Indian Medical Review
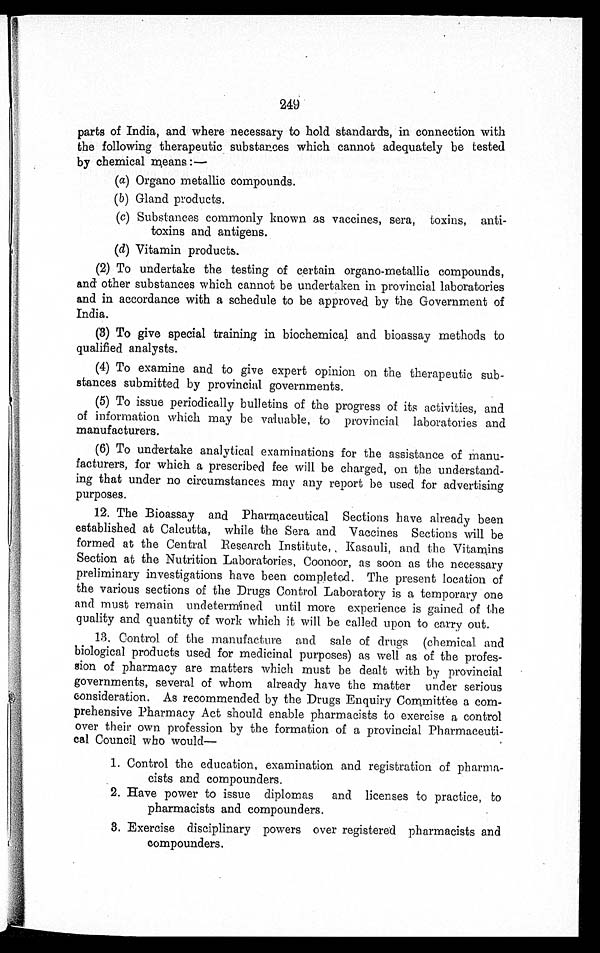
249
parts of India, and where necessary to hold standards, in connection with
the following therapeutic substances which cannot adequately be tested
by chemical means:—
(a) Organo metallic compounds.
(b) Gland products.
(c)Substances commonly known as vaccines, sera, toxins, anti
-
toxins and antigens.
(d) Vitamin products.
(2) To undertake the testing of certain organo-metallic compounds,
and other substances which cannot be undertaken in provincial laboratories
and in accordance with a schedule to be approved by the Government of
India.
(3) To give special training in biochemical and bioassay methods to
qualified analysts.
(4) To examine and to give expert opinion on the therapeutic sub
-
stances submitted by provincial governments.
(5) To issue periodically bulletins of the progress of its activities, and
of information which may be valuable, to provincial laboratories and
manufacturers.
(6) To undertake analytical examinations for the assistance of manu
-
facturers, for which a prescribed fee will be charged, on the understand
-
ing that under no circumstances may any report be used for advertising
purposes.
12. The Bioassay and Pharmaceutical Sections have already been
established at Calcutta, while the Sera and Vaccines Sections will be
formed at the Central Research Institute, Kasauli, and the Vitamins
Section at the Nutrition Laboratories, Coonoor, as soon as the necessary
preliminary investigations have been completed. The present location of
the various sections of the Drugs Control Laboratory is a temporary one
and must remain undetermined until more experience is gained of the
quality and quantity of work which it will be called upon to carry out.
13. Control of the manufacture and sale of drugs (chemical and
biological products used for medicinal purposes) as well as of the profes
-
sion of pharmacy are matters which must be dealt with by provincial
governments, several of whom already have the matter under serious
consideration. As recommended by the Drugs Enquiry Committee a com
-
prehensive Pharmacy Act should enable pharmacists to exercise a control
over their own profession by the formation of a provincial Pharmaceuti
-
cal Council who would
—
1. Control the education, examination and registration of pharma
-
cists and compounders.
2. Have power to issue diplomas and licenses to practice, to
pharmacists and compounders.
3. Exercise disciplinary powers over registered pharmacists and
compounders.